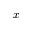
x